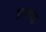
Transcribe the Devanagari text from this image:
इल्डाह्ल